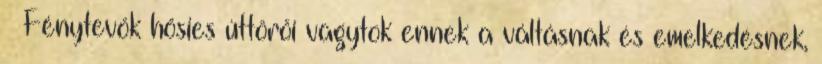
Fénytevők hősies úttörői vagytok ennek a váltásnak és emelkedésnek,